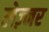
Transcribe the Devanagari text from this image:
लेज़्नर